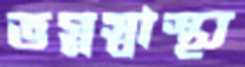
ভগ্নস্বাস্থ্য